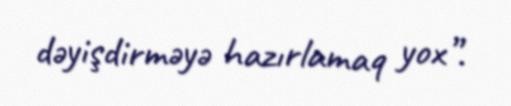
dəyişdirməyə hazırlamaq yox”.